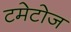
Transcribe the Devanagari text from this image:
टमेटोज